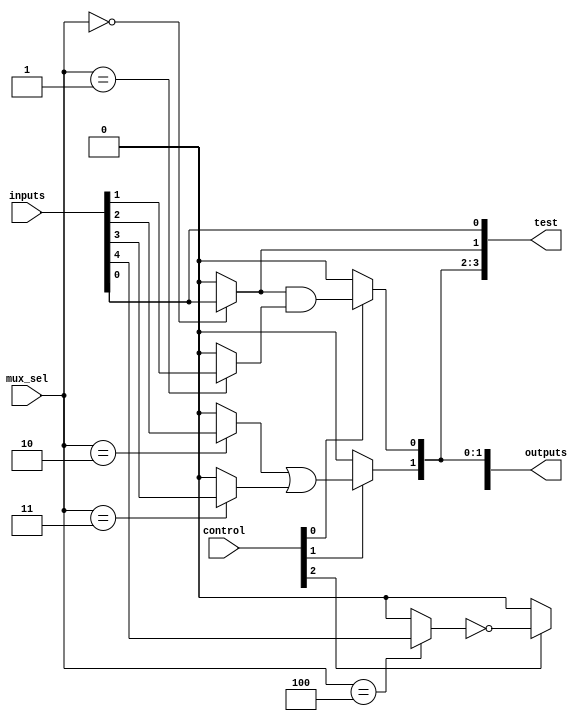
module combinational_logic_block (
    input wire [NUM_INPUTS-1:0] inputs,       // Multiple input signals
    input wire [MUX_SEL_WIDTH-1:0] mux_sel,   // Multiplexer select lines
    input wire [CNTL_LINES-1:0] control,       // Control logic for configuration
    output wire [NUM_OUTPUTS-1:0] outputs,     // Output lines
    output wire [NUM_TESTPOINTS-1:0] test     // Test points for diagnostics
);
    parameter NUM_INPUTS = 8;              // Number of input signals
    parameter NUM_OUTPUTS = 4;             // Number of output lines
    parameter MUX_SEL_WIDTH = 3;            // MUX select width
    parameter CNTL_LINES = 5;                // Control lines for logic configuration
    parameter NUM_TESTPOINTS = 4;           // Number of test points

    wire [NUM_INPUTS-1:0] sel_input;       // Selected inputs by multiplexers
    wire [NUM_OUTPUTS-1:0] logic_out;       // Logic gate outputs

    // Input Multiplexers
    genvar i;
    generate
        for (i = 0; i < NUM_INPUTS; i = i + 1) begin: mux
            assign sel_input[i] = (mux_sel == i) ? inputs[i] : 1'b0; // Simple multiplexer
        end
    endgenerate

    // Logic Gates (Example: 2-input AND, OR, NOT)
    wire and_gate_out;
    wire or_gate_out;
    wire not_gate_out;
    
    assign and_gate_out = sel_input[0] & sel_input[1]; // Example AND gate
    assign or_gate_out = sel_input[2] | sel_input[3];  // Example OR gate
    assign not_gate_out = ~sel_input[4];                 // Example NOT gate

    // Programmable Interconnects
    assign logic_out[0] = (control[0]) ? and_gate_out : 1'b0;
    assign logic_out[1] = (control[1]) ? or_gate_out : 1'b0;
    assign logic_out[2] = (control[2]) ? not_gate_out : 1'b0;
    assign logic_out[3] = (control[3]) ? sel_input[5] : 1'b0; // Pass-through

    // Feedback Paths (Optional)
    wire feedback_input;
    assign feedback_input = logic_out[0];  // Feeding back AND gate output

    // Control Logic to drive the Outputs
    assign outputs[0] = logic_out[0];           // Output from AND gate
    assign outputs[1] = logic_out[1];           // Output from OR gate
    assign outputs[2] = logic_out[2];           // Output from NOT gate
    assign outputs[3] = feedback_input;         // Output from feedback

    // Testing and Diagnostics
    assign test[0] = inputs[0];                 // Test input 0
    assign test[1] = sel_input[0];              // Test mux output
    assign test[2] = logic_out[0];              // Test AND output
    assign test[3] = outputs[1];                // Test OR output

endmodule